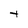
Character: t